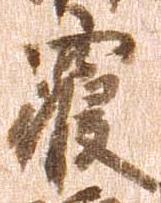
寝